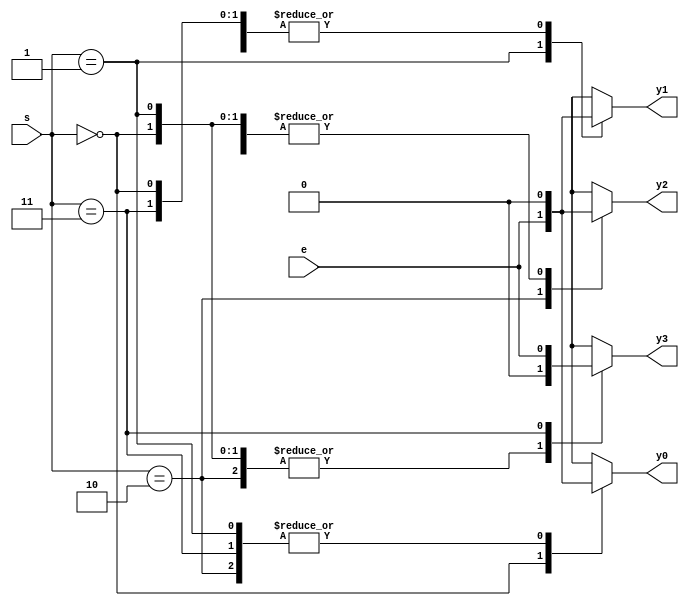
module demux(e, s, /*y*/ y0, y1, y2, y3);

input e;
input [1:0] s; // select

// output reg [3:0] y;
//    y0~3 (4bit output y) 
output reg y0;
output reg y1;
output reg y2;
output reg y3;

always @(*) begin
    y0 = 1'b0;
    y1 = 1'b0;
    y2 = 1'b0;
    y3 = 1'b0;
    
    // y = 4'b0000;

    case(s)
        2'b00 : y0 = e;
        2'b01 : y1 = e;
        2'b10 : y2 = e;
        2'b11 : y3 = e;

    endcase

    /*
    case(s)
        2'b00 : y = e;
        2'b01 : y = e;
        2'b10 : y = e;
        2'b11 : y = e;

    endcase
    */
end

endmodule